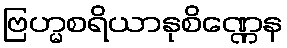
ဗြဟ္မစရိယာနုစိဏ္ဏေန